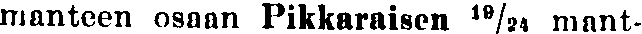
manteen osaan Pikkaraisen 19/24 mant-